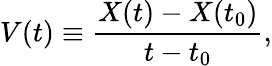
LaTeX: V(t)\equiv\frac{X(t)-X(t_{0})}{t-t_{0}},